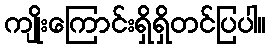
ကျိုးကြောင်းရှိရှိတင်ပြပါ။